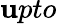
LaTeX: \mathbf{u}pto